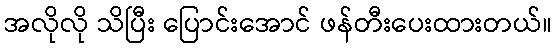
အလိုလို သိပြီး ပြောင်းအောင် ဖန်တီးပေးထားတယ်။